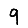
Digit: 9